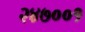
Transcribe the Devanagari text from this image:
२४७००१